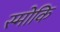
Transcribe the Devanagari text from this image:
स्मोकि